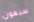
سبعون